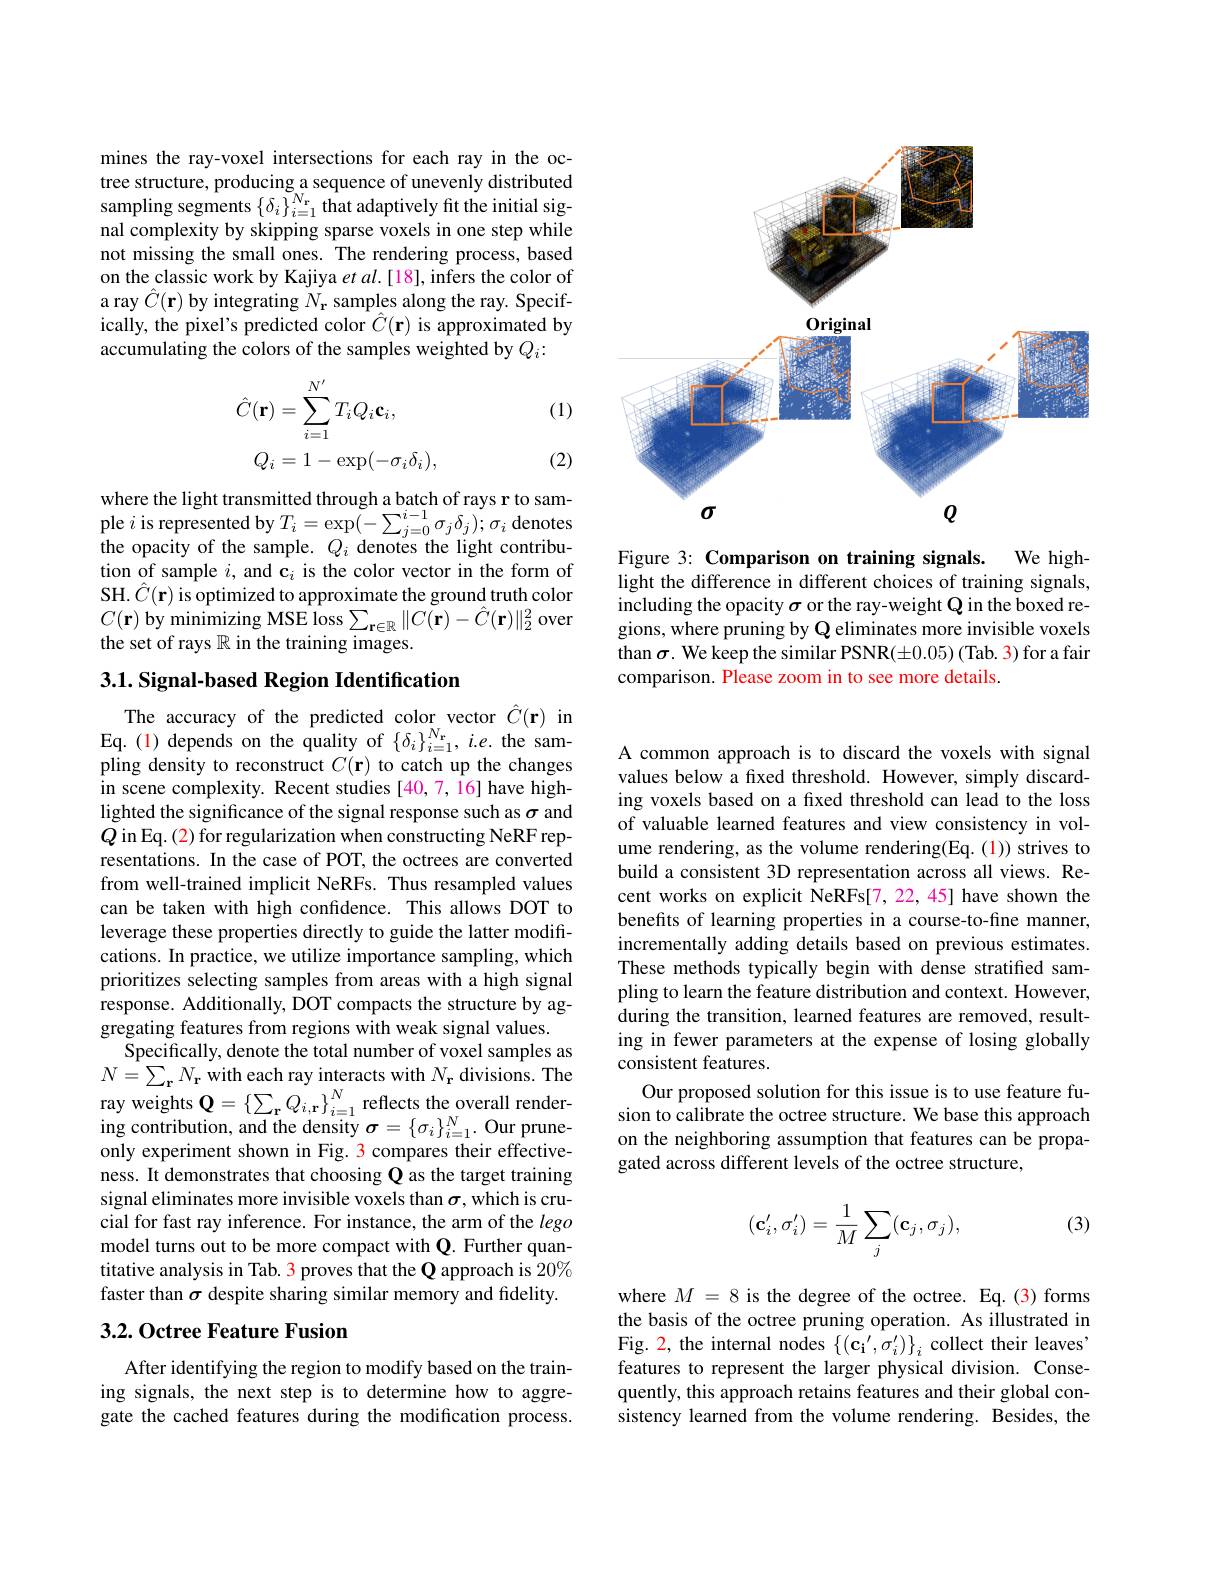
<FigureHere>

Figure 3: Comparison on training signals. We highlight the difference in different choices of training signals, including the opacity $\sigma$ or the ray-weight Q in the boxed regions, where pruning by Q eliminates more invisible voxels than $\sigma.$ We keep the similar PSNR(±0.05) (Tab. 3) for a fair comparison. Please zoom in to see more details.

mines the ray-voxel intersections for each ray in the octree structure, producing a sequence of unevenly distributed sampling segments $\{\delta_{i}\}_{i=1}^{N_{\mathrm{r}}}$ that adaptively fit the initial signal complexity by skipping sparse voxels in one step while not missing the small ones. The rendering process, based on the classic work by Kajiya et al.[18], infers the color of a ray $\hat{C}(\mathbf{r})$ by integrating $N_\mathbf{r}$ samples along the ray. Specifically, the pixel's predicted color $\hat{C}(\mathbf{r})$ is approximated by accumulating the colors of the samples weighted by $Q_i:$

(1)
$$\begin{aligned}\hat{C}(\mathbf{r})&=\sum_{i=1}^{N'}T_{i}Q_{i}\mathbf{c}_{i},\\Q_{i}&=1-\exp(-\sigma_{i}\delta_{i}),\end{aligned}$$
(2)

where the light transmitted through a batch of rays r to sample $i$ is represented by $T_i=\exp(-\sum_{j=0}^{i-1}\sigma_{j}\delta_{j});\sigma_{i}$ denotes the opacity of the sample. $Q_i$ denotes the light contribution of sample $i$, and c$_i$ is the color vector in the form of SH. $\hat{C}(\mathbf{r})$ is optimized to approximate the ground truth color $C(\mathbf{r})$ by minimizing MSE loss$\sum_{\mathbf{r}\in\mathbb{R}}\|C(\mathbf{r})-\hat{C}(\mathbf{r})\|_{2}^{2}$over the set of rays $\mathbb{R}$ in the training images.

## 3.1. Signal-based Region Identification

The accuracy of the predicted color vector $\hat{C}(\mathbf{r})$ in Eq.(1)depends on the quality of $\{\delta_i\}_{i=1}^{N_{\mathrm{r}}},i.e.$ the sampling density to reconstruct $C(\mathbf{r})$ to catch up the changes in scene complexity. Recent studies [40,7,16] have highlighted the significance of the signal response such as $\sigma$ and $Q$ in Eq. (2) for regularization when constructing NeRF representations. In the case of POT, the octrees are converted from well-trained implicit NeRFs. Thus resampled values can be taken with high confidence. This allows DOT to leverage these properties directly to guide the latter modifications. In practice, we utilize importance sampling, which prioritizes selecting samples from areas with a high signal response. Additionally, DOT compacts the structure by ag- $\hat{\text{gregating features from regions with weak signal values.}}$
Specifically, denote the total number of voxel samples as $N= \sum _{\mathbf{r} }N_{\mathbf{r} }$ with each ray interacts with $N_{\mathbf{r} }$ divisions. The ray weights Q$= \left \{ \sum _{\mathbf{r} }Q_{i, \mathbf{r} }\right \} _{i= 1}^{N}$ reflects the overall render- ing contribution, and the density $\sigma = \left \{ \sigma _{i}\right \} _{i= 1}^{N}\cdot$Our pruneonly experiment shown in Fig. 3 compares their effectiveness. It demonstrates that choosing Q as the target training signal eliminates more invisible voxels than $\sigma$,which is crucial for fast ray inference. For instance, the arm of the lego model turns out to be more compact with Q. Further quantitative analysis in Tab. 3 proves that the $\mathbf{Q}$ approach is 20% faster than $\sigma$ despite sharing similar memory and fidelity.

## 3.2. Octree Feature Fusion

After identifying the region to modify based on the training signals, the next step is to determine how to aggregate the cached features during the modification process.

A common approach is to discard the voxels with signal values below a fixed threshold. However, simply discarding voxels based on a fixed threshold can lead to the loss of valuable learned features and view consistency in volume rendering, as the volume rendering(Eq.(1)) strives to build a consistent 3D representation across all views. Recent works on explicit NeRFs[7,22,45] have shown the benefits of learning properties in a course-to-fine manner, incrementally adding details based on previous estimates. These methods typically begin with dense stratified sampling to learn the feature distribution and context. However, during the transition, learned features are removed, resulting in fewer parameters at the expense of losing globally consistent features.
Our proposed solution for this issue is to use feature fusion to calibrate the octree structure. We base this approach on the neighboring assumption that features can be propagated across different levels of the octree structure,

(3)
$$(\mathbf{c}_i',\sigma_i')=\frac{1}{M}\sum_j(\mathbf{c}_j,\sigma_j),$$
where $M=8$ is the degree of the octree. Eq.(3) forms the basis of the octree pruning operation. As illustrated in Fig. 2, the internal nodes $\{(\mathbf{c_i}^{\prime},\sigma_i^{\prime})\}_i$ collect their leaves" features to represent the larger physical division. Consequently, this approach retains features and their global consistency learned from the volume rendering. Besides, the